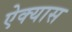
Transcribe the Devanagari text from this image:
ऐक्यास